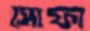
সোফা